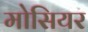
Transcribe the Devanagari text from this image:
मोसियर